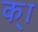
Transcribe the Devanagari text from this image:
क्ा